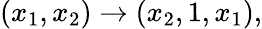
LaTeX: (x_{1},x_{2})\to(x_{2},1,x_{1}),